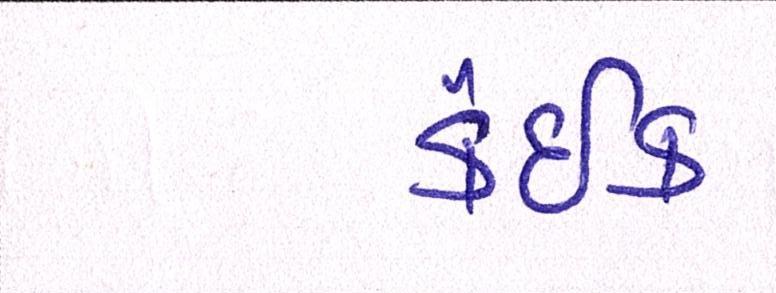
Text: કંઈક